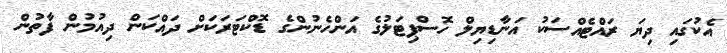
އެކުގައި ދިޔަ ރައްޓެއްސަކު އަނާޑިޔިލް ހޮސްޕިޓަލުގެ އަންހެނުންގެ ޑޮކްޓަރަކަށް ދައްކަން ދިއުމުން ފާތުން